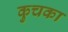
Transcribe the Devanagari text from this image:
कुचका